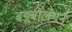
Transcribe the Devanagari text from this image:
बड़बोलेपन